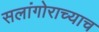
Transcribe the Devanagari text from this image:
सलांगोराच्याच